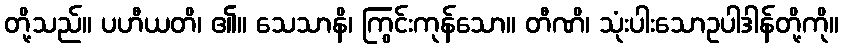
တို့သည်။ ပဟီယတိ၊ ၏။ သေသာနိ၊ ကြွင်းကုန်သော။ တီဏိ၊ သုံးပါးသောဥပါဒါန်တို့ကို။